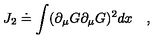
J _ { 2 } \doteq \int ( \partial _ { \mu } G \partial _ { \mu } G ) ^ { 2 } d x \quad ,